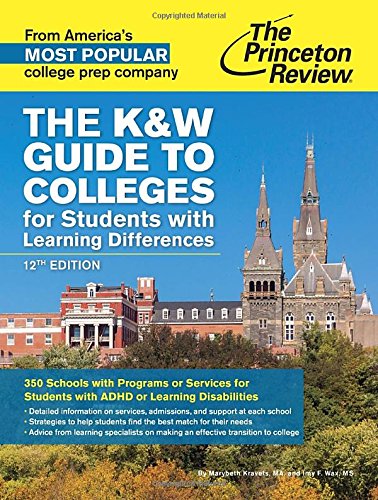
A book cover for The K&W Guide to Colleges for Students with Learning Differences, 12th Edition: 350 Schools with Programs or Services for Students with ADHD or Learning Disabilities (College Admissions Guides); Princeton Review; Test Preparation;